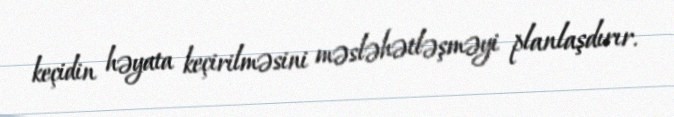
keçidin həyata keçirilməsini məsləhətləşməyi planlaşdırır.